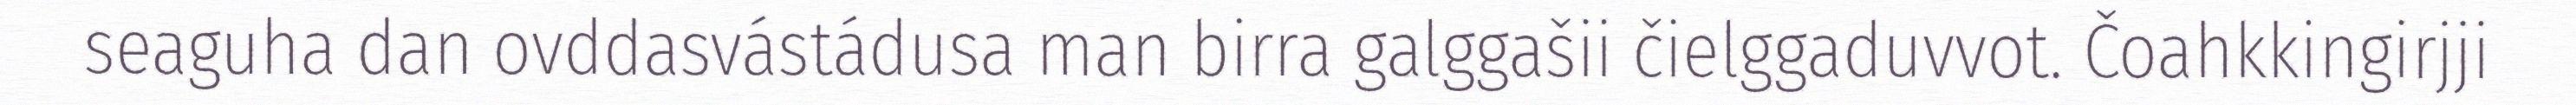
seaguha dan ovddasvástádusa man birra galggašii čielggaduvvot. Čoahkkingirjji